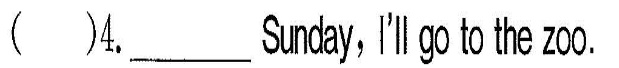
( )4.___Smay,I'llgb he zoo.